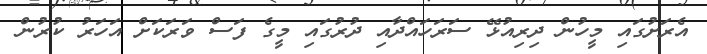
އެރަށުގައި މީހުން ދިރިއުޅޭ ސަރަހައްދާއި ދުރުގައި މީގެ ފަސް ވަރަކަށް އަހަރު ކުރުން